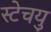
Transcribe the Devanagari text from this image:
स्टेचयु